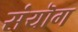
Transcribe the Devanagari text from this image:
संयॊग